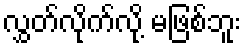
လွှတ်လိုက်လို့ မဖြစ်ဘူး